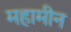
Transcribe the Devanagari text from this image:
महामीन